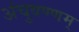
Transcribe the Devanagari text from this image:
अंचुवण्णम्